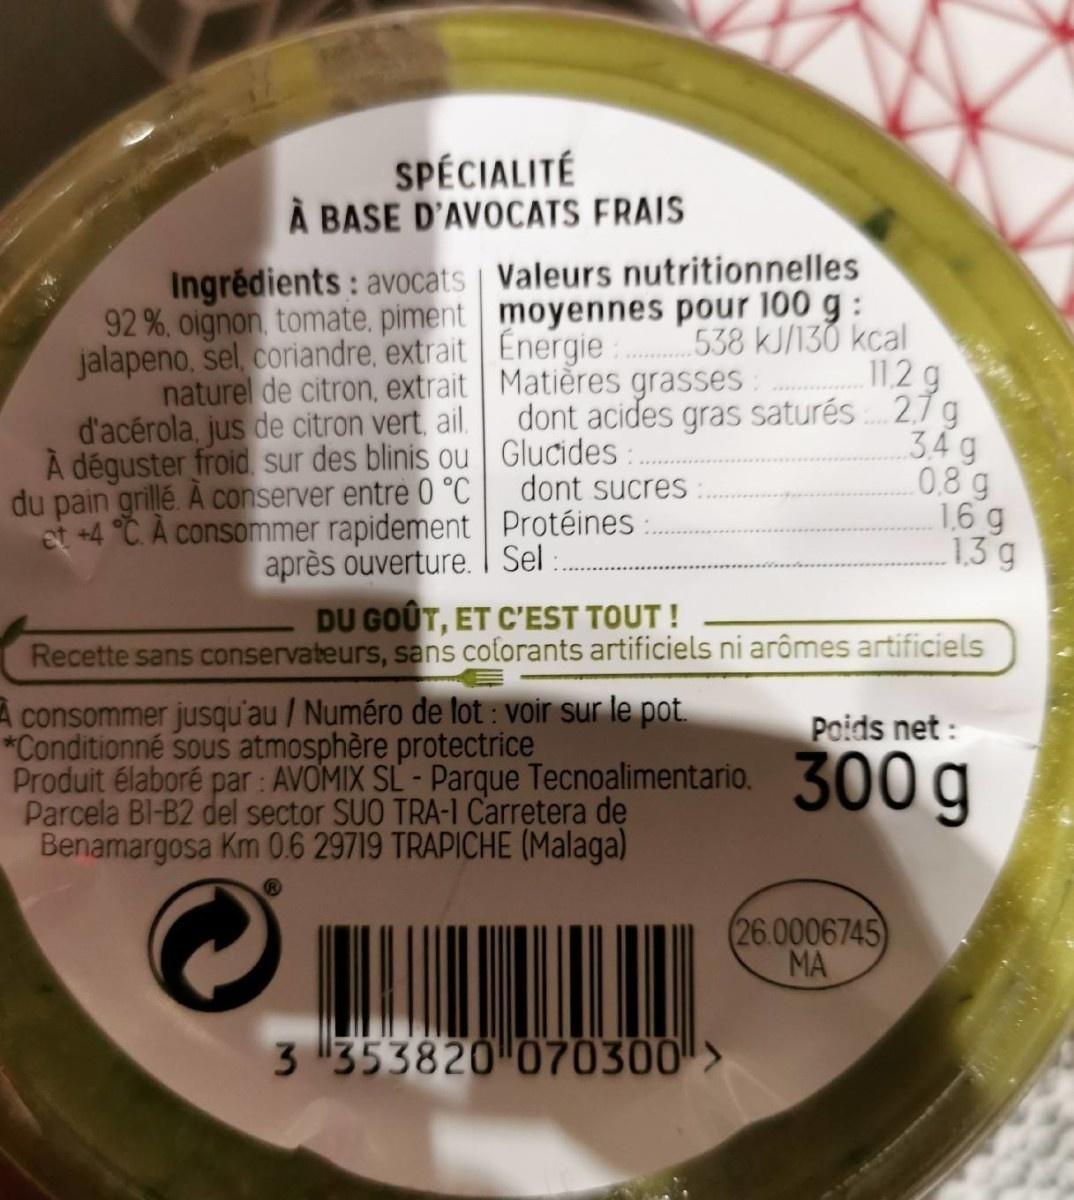
SPÉCIALITÉ À BASE D'AVOCATS FRAIS
Ingrédients : avocats Valeurs nutritionnelles 92 %, oignon, tomate, piment moyennes pour 100 g: jalapeno, sel, coriandre, extrait Energie 538 kJ/130 kcal naturel de citron, extrait Matières grasses
d'acérola, jus de citron vert, ail. À déguster froid sur des blinis ou Glucides: du pain grillé. A conserver entre 0 °C et +4 °C. A consommer rapidement Protéines
11.2 g dont acides gras saturés 27 g 34 g 0.8g 16 g 1.3 g
dont sucres
après ouverture. I Sel:. DU GOUT, ET C'EST TOUT! Recette sans conservateurs, sans cotorants artificiels ni arômes artificiels
A consommer jusqu'au / Numéro de lot : voir sur le pot. *Conditionné sous atmosphère protectrice Produit élaboré par : AVOMIX SL - Parque Tecnoalimentario. Parcela Bl-B2 del sector SUO TRA-I Carretera de Benamargosa Km 0.6 29719 TRAPICHE (Malaga)
Poids net :
300 g
26.0006745) MA
3 353820 070300>